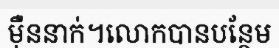
ម៉ឺននាក់។លោកបានបន្ថែម